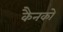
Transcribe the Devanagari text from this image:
कैनको